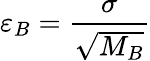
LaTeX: \varepsilon_{B}=\frac{\sigma}{\sqrt{M_{B}}}